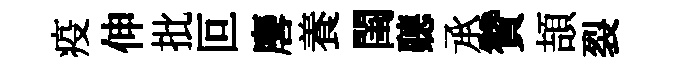
疫伸批叵麐養閨聽𠄘贊頡裂